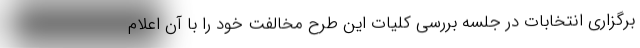
برگزاری انتخابات در جلسه بررسی کلیات این طرح مخالفت خود را با آن اعلام